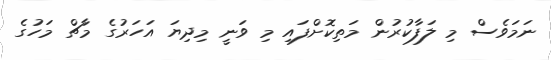
ނަމަވެސް މި ލަފާކުރުން މަތިކޮށްފައި މި ވަނީ މިދިޔަ އަހަރުގެ މާޗް މަހުގެ